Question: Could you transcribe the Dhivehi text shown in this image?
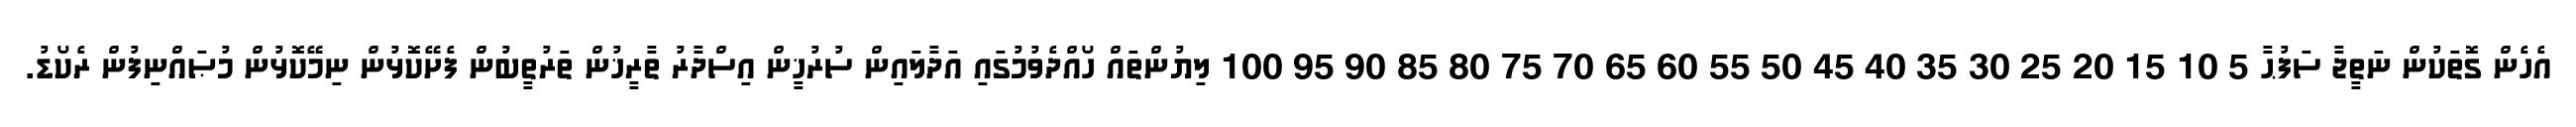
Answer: އެހެން ގޮތަކުން ނަތީޖާ ސަފުޙާ 5 10 15 20 25 30 35 40 45 50 55 60 65 70 75 80 85 90 95 100 ލިޔުންތައް ހޯއްދެވުމުގައި އަދާލައިން ސުރުޚީން އިސްދާރު ތާރީޚުން ތަރުތީބުން ފެށޭކޮޅުން ނިމޭކޮޅުން މުޞައްނިފުން ރެކޯޑު.